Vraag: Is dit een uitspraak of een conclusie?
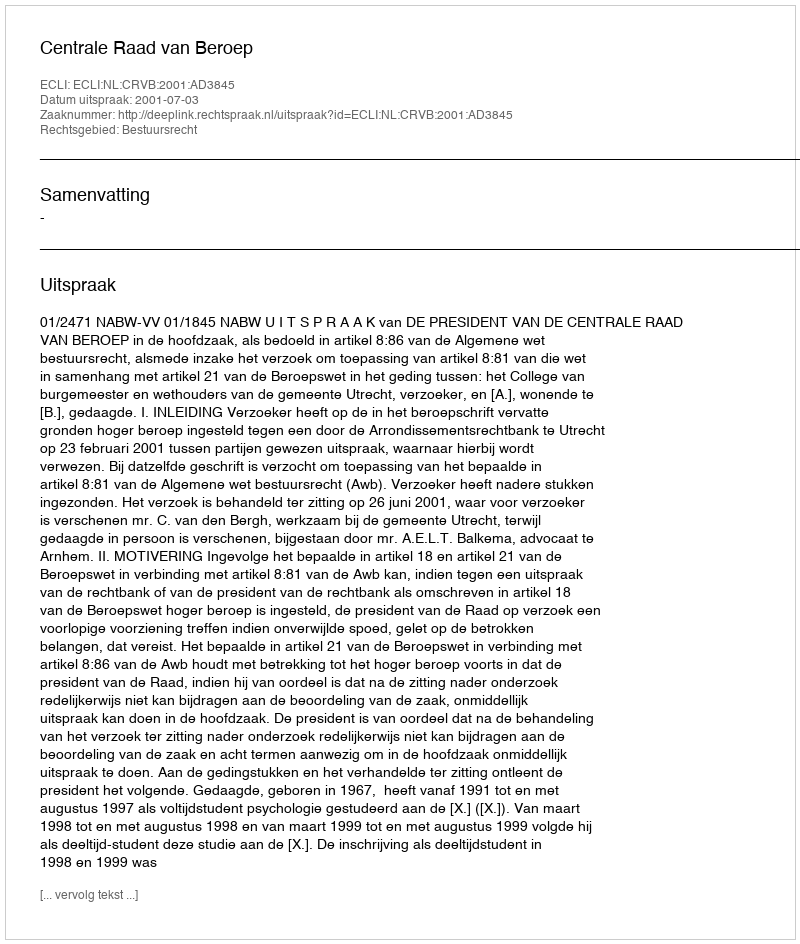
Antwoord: Uitspraak